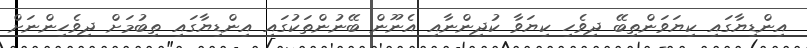
އިންޑިޔާގައި ކިޔަވަންތިބޭ ދިވެހި ކިޔަވާ ކުދިންނާއި އެނޫން ބޭނުންތަކުގައި އިންޑިޔާގައި ތިބުމަށް ދިވެހިންނަށް